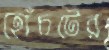
হোঁচটের